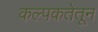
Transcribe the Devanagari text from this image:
कल्पकतेतून